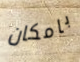
بامكان